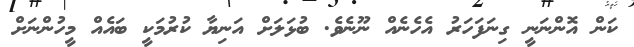
ކަން އޮންނަނީ ގިނަފަހަރު އެހެނެއް ނޫނެވެ. ބުޅަލަށް އަނިޔާ ކުރުމަކީ ބައެއް މީހުންނަށް